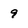
Character: 9